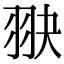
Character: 𦐍